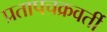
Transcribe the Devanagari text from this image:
प्रतापचक्रवर्ती